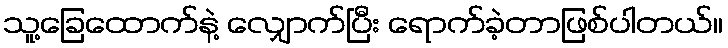
သူ့ခြေထောက်နဲ့ လျှောက်ပြီး ရောက်ခဲ့တာဖြစ်ပါတယ်။